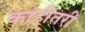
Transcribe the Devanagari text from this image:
कांहींतरी